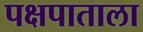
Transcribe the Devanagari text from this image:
पक्षपाताला